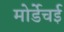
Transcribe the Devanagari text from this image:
मोर्डेचई